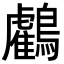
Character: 𪇦